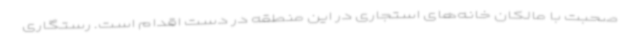
صحبت با مالکان خانه‌های استجاری در این منطقه در دست اقدام است. رستگاری